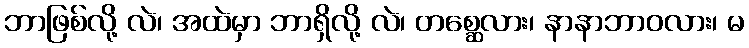
ဘာဖြစ်လို့ လဲ၊ အထဲမှာ ဘာရှိလို့ လဲ၊ တစ္ဆေလား၊ နာနာဘာဝလား၊ မ